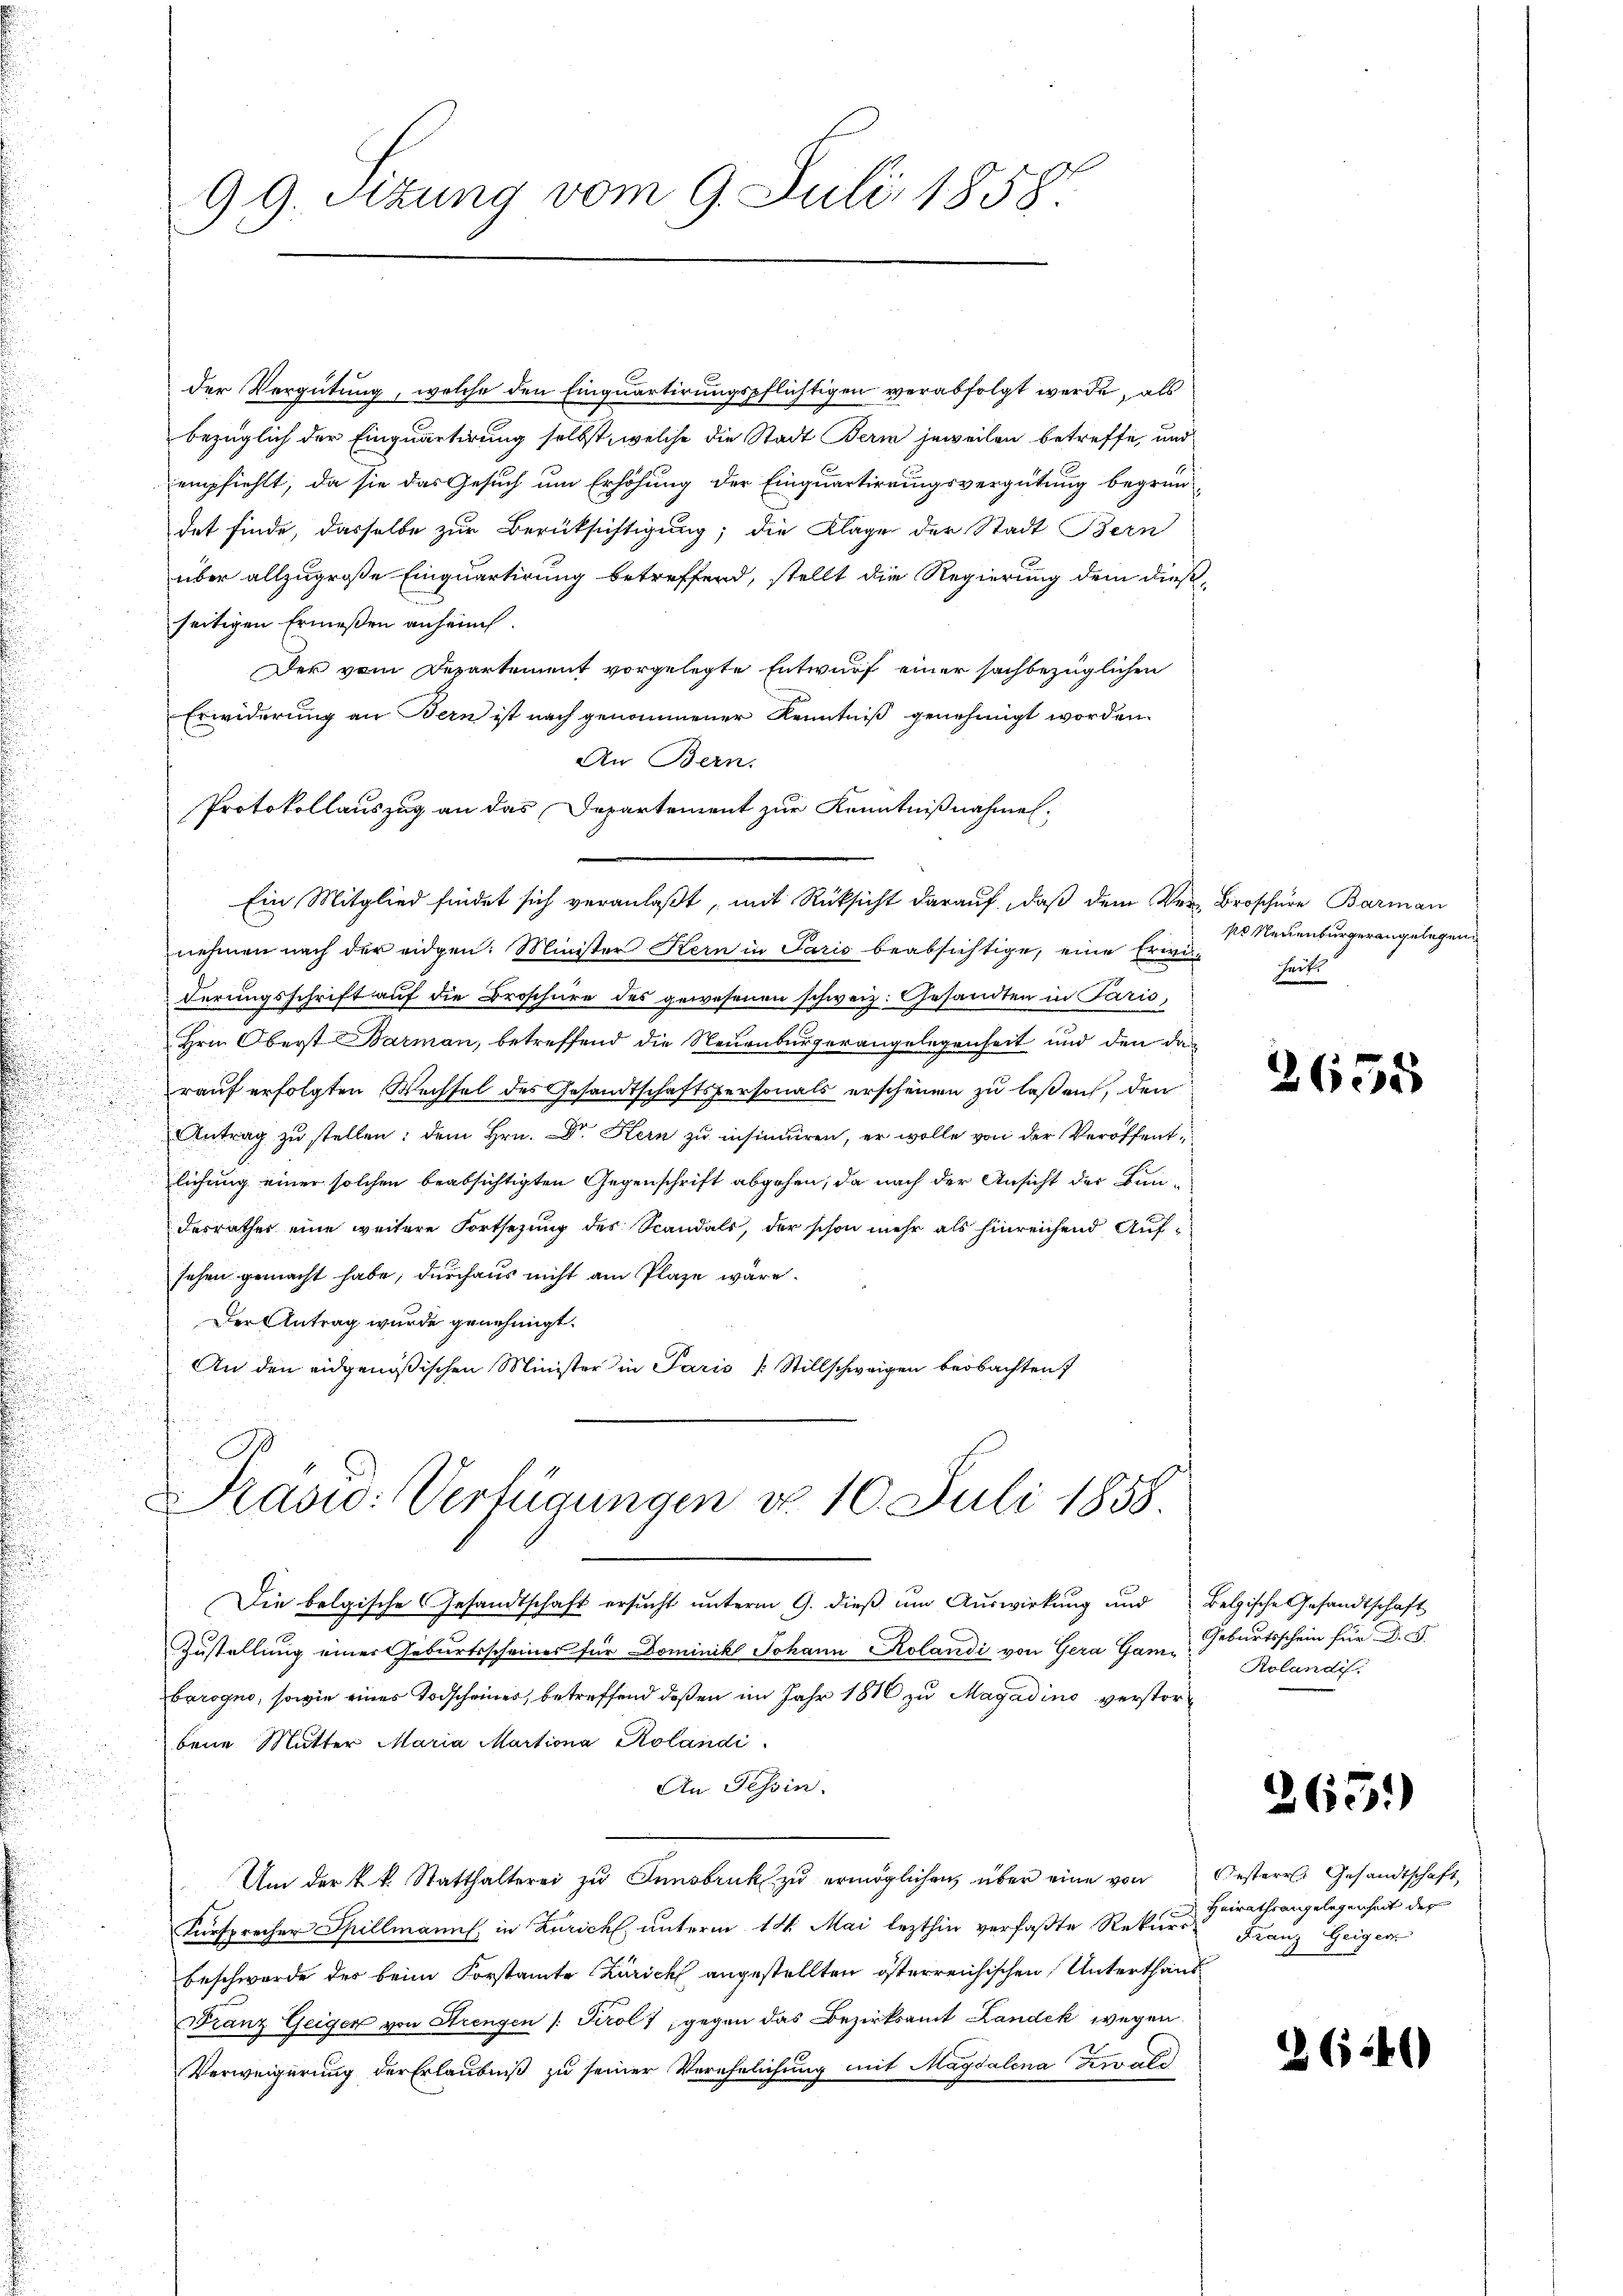
d

99. Sizung vom 9. Juli 1858.

der Vergütung, welche den Einquartirungspflichtigen verabfolgt werde, als
bezüglich der Einquartirung selbst, welche die Stadt Bern jeweilen betreffe, und
empfiehlt, da sie das Gesuch um Erhöhung der Einquartirungsvergütung begrün
det finde, dasselbe zur Berücksichtigung; die Klage der Stadt Bern
über allzugroße Einquartirung betreffend, stellt die Regierung dem dieß-
seitigen Ermeßen anhein.
Der vom Departement vorgelegte Entwurf einer sachbezüglichen
Erwiderung an Bern ist nach genommener Kenntniß genehmigt worden.
An Bern.
Protokollauszug an das Departement zur Kenntnißnahmen.
e
Ein Mitglied findet sich veranlaßt, mit Rücksicht darauf, daß dem Ver-Broschüre Barman
nehmen nach der eidgen: Minister Kern in Paris beabsichtige, eine Erwi
derungsschrift auf die Broschüre des gewesenen schweiz. Gesandten in Paris,
Hrn. Oberst Barman, betreffend die Neuenburgerangelegenheit und den das
rauf erfolgten Wechsel des Gesandtschaftspersonals erscheinen zu laßen, den
Antrag zu stellen; dem Hrn. Dr. Kern zu insinuiren, er wolle von der Veröffent
lichung einer solchen beabsichtigten Gegenschrift abgehen, da nach der Ansicht der Bundesrathes eine weitere Fortsetzung des Standals, der schon mehr als hinreichend Aufsehen gemacht habe, durchaus nicht am Plaze wäre.
Der Antrag wurde genehmigt.
An den eidgenößischen Minister in Paris Stillschweigen beobachten

Präsid: Verfügungen d. 10. Juli 1858.

Die belgische Gesandtschaft ersucht unterm 9. dieß um Auswirkung und
Zustellung einer Geburtsscheines für Dominik Johann Rolandi von Gera Gamberogno, sowie eines Todscheines, betreffend deßen im Jahr 1816 zu Magadino verstorbene Mutter Maria Martiona Rolandi
An Tessin.
Um der k.k. Statthalterei zu Innsbruk zu ermöglichen, über eine von
Fürsprecher Spillmann, in Zürich unterm 14. Mai lezthin verfaßte Rekurs Franz Geigers
Beschwerde der beim Forstamte Zürich angestellten österreichischen Unterthans
Franz Geiger von Strengen /: Tirol 7 gegen das Bezirksamt Landek wegen
Verweigerung der Erlaubniß zu seiner Verehelichung mit Magdalena Ziwald

po Neuenburgerangelegen
heit

2658

Belgische Gesandtschaft
Geburtsschein für D. B.
Rolandi

.

2651)

Oesterr. Gesandtschaft
Heirathsangelegenheit der

264)